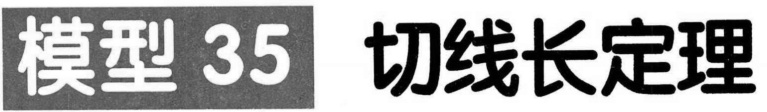
模型 35 切线长定理